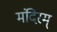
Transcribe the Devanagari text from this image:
मंदिरम्‌